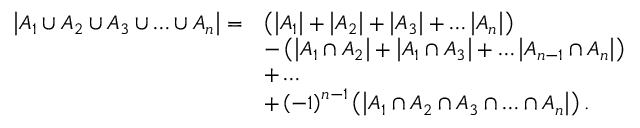
{ \begin{array} { r l } { \left| A _ { 1 } \cup A _ { 2 } \cup A _ { 3 } \cup \ldots \cup A _ { n } \right| = } & { \left( \left| A _ { 1 } \right| + \left| A _ { 2 } \right| + \left| A _ { 3 } \right| + \ldots \left| A _ { n } \right| \right) } \\ & { - \left( \left| A _ { 1 } \cap A _ { 2 } \right| + \left| A _ { 1 } \cap A _ { 3 } \right| + \ldots \left| A _ { n - 1 } \cap A _ { n } \right| \right) } \\ & { + \ldots } \\ & { + \left( - 1 \right) ^ { n - 1 } \left( \left| A _ { 1 } \cap A _ { 2 } \cap A _ { 3 } \cap \ldots \cap A _ { n } \right| \right) . } \end{array} }